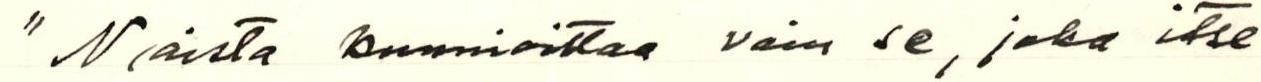
"Naista kunnioittaa vain se, joka itse